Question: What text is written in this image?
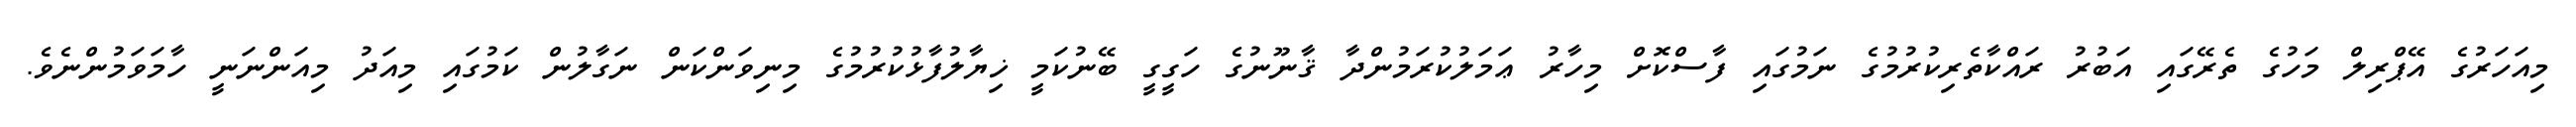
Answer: މިއަހަރުގެ އޭޕްރިލް މަހުގެ ތެރޭގައި އަބުރު ރައްކާތެރިކުރުމުގެ ނަމުގައި ފާސްކޮށް މިހާރު ޢަމަލުކުރަމުންދާ ޤާނޫނުގެ ހަގީގީ ބޭނުކަމީ ޚިޔާލުފާޅުކުރުމުގެ މިނިވަންކަން ނަގާލުން ކަމުގައި މިއަދު މިއަންނަނީ ހާމަވަމުންނެވެ.